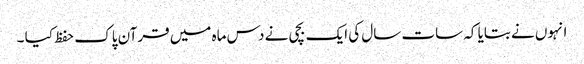
انہوں نے بتایا کہ سات سال کی ایک بچی نے دس ماہ میں قرآن پاک حفظ کیا ۔